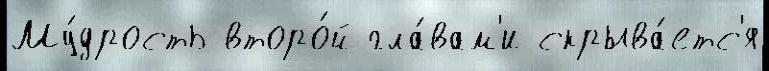
Му́дрость второ́й гла́вам'и скрыва́етс'я